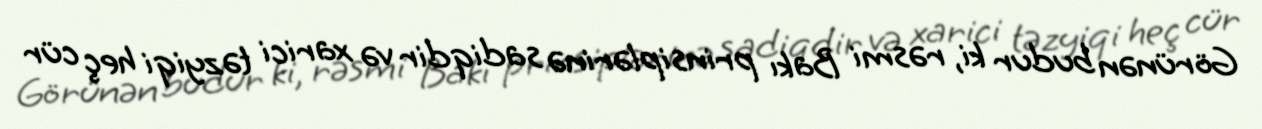
Görünən budur ki, rəsmi Bakı prinsiplərinə sadiqdir və xarici təzyiqi heç cür